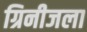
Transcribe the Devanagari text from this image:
ग्रिनीजला